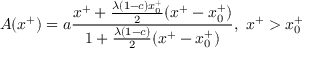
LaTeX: A ( x ^ { + } ) = a { \frac { x ^ { + } + { \frac { \lambda ( 1 - c ) x _ { 0 } ^ { + } } { 2 } } ( x ^ { + } - x _ { 0 } ^ { + } ) } { 1 + { \frac { \lambda ( 1 - c ) } { 2 } } ( x ^ { + } - x _ { 0 } ^ { + } ) } } , \ x ^ { + } > x _ { 0 } ^ { + }